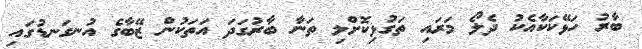
ބާރު ހަޅޭކަކާއެކު ދެލޯ މަރައި ތަގުޅިކޮށްލި ތަނާ ބާރުގަދަ އަތަކުން ޒޭބާގެ އުނގަނޑުގައި